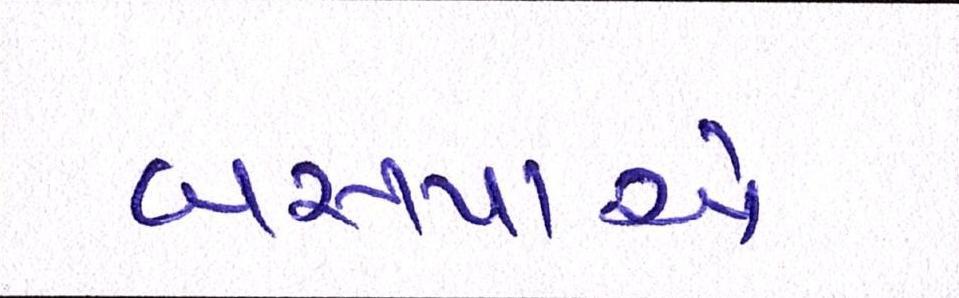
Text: બસપાએ